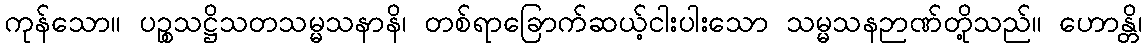
ကုန်သော။ ပဉ္စသဋ္ဌိသတသမ္မသနာနိ၊ တစ်ရာခြောက်ဆယ့်ငါးပါးသော သမ္မသနဉာဏ်တို့သည်။ ဟောန္တိ၊